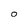
Character: O